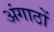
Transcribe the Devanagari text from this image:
अंगाठों